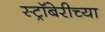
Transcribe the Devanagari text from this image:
स्ट्रॉबेरीच्या